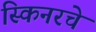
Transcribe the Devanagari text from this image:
स्किनरचे